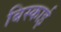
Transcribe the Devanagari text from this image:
बिस्काई